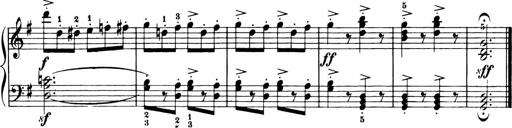
Title: 11 Sonatinas for Piano Solo
Composer: Anton Diabelli